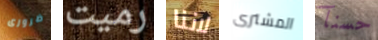
ضرورى رميت لاننا المشترى حسنآ